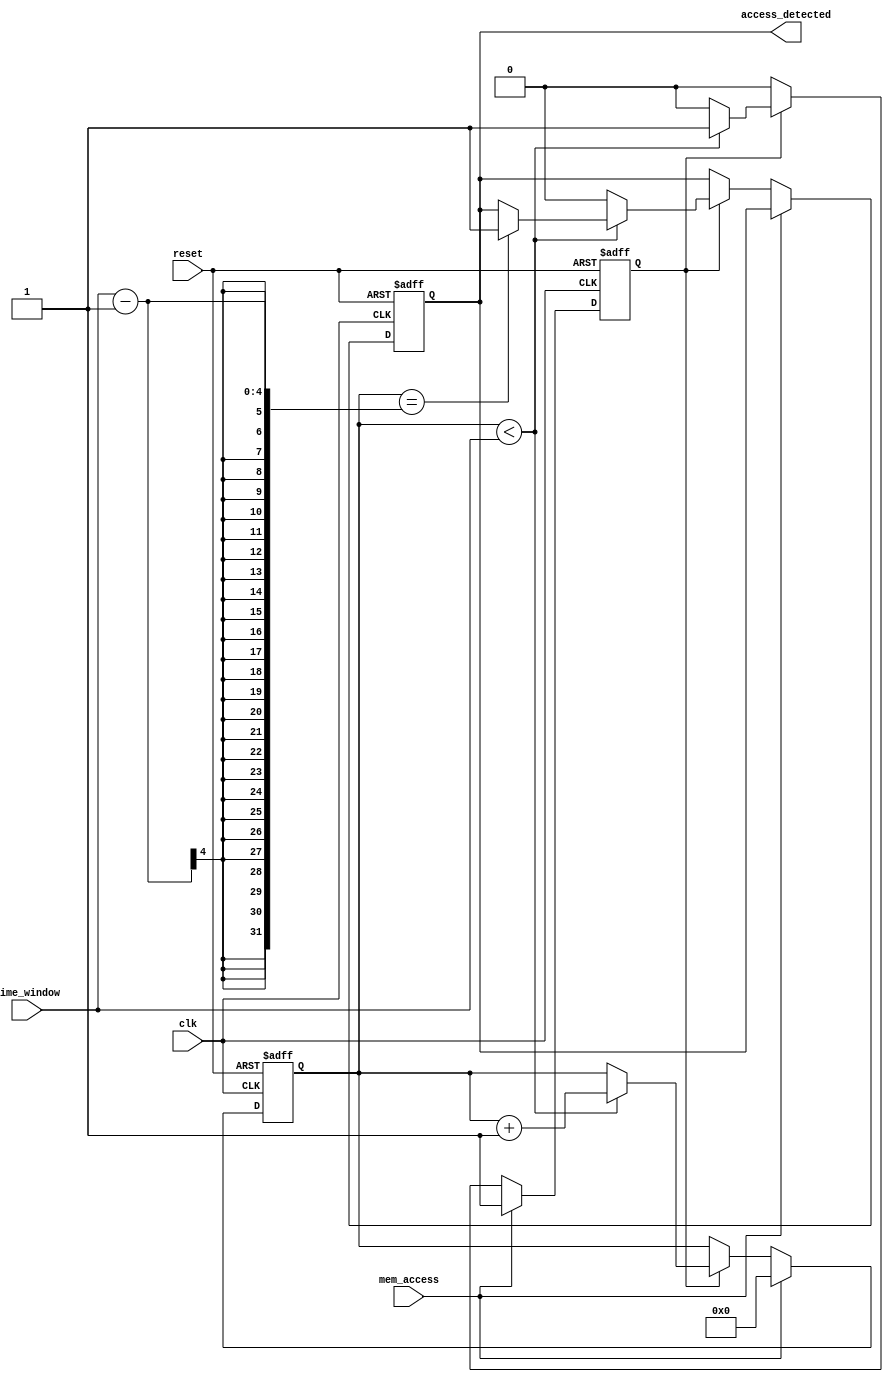
module MemoryBlocksTimeWindowDetector (
    input wire clk,                   // System clock
    input wire reset,                 // Asynchronous reset
    input wire mem_access,            // Memory access signal (read/write)
    input wire [3:0] time_window,     // Configurable time window in clock cycles
    output reg access_detected         // Output signal indicating access within time window
);

// Internal signals
reg [3:0] counter;                   // Counter for timing
reg mem_access_prev;                 // Previous memory access state
reg active;                          // Indicator for active detection

// Synchronous reset and counting logic
always @(posedge clk or posedge reset) begin
    if (reset) begin
        counter <= 0;
        access_detected <= 0;
        mem_access_prev <= 0;
        active <= 0;
    end else begin
        if (mem_access) begin
            mem_access_prev <= 1;  // Memory access detected
            counter <= 0;           // Reset counter when access is detected
            active <= 1;            // Set active flag
        end else if (active) begin
            if (counter < time_window) begin
                counter <= counter + 1;  // Increment counter
                if (counter == time_window - 1) begin
                    access_detected <= 1; // Generate access detected signal
                end
            end else begin
                active <= 0;         // Reset active flag after time window expires
                access_detected <= 0; // Clear detected signal
            end
        end
    end
end

// Combinational logic to clear access detection
always @(posedge clk) begin
    if (!mem_access && mem_access_prev) begin
        mem_access_prev <= 0; // Clear previous access flag on rising edge
    end 
end

endmodule